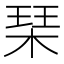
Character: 琹